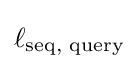
\ell _{\text{seq, query}}